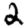
Digit: 2